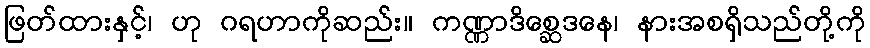
ဖြတ်ထားနှင့်၊ ဟု ဂရဟာကိုဆည်း။ ကဏ္ဏာဒိစ္ဆေဒနေ၊ နားအစရှိသည်တို့ကို